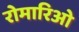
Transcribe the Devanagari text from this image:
रोमारिओ